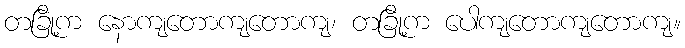
တခြို့က နောကျတောကျတောကျ၊ တခြို့က ပေါကျတောကျတောကျ။